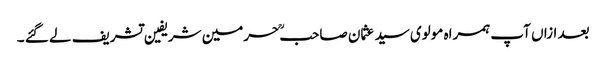
بعد ازاں آپ ہمراہ مولوی سید عثمان صاحبؒ حرمین شریفین تشریف لے گئے ۔